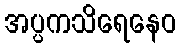
အပ္ပကသိရေနေဝ